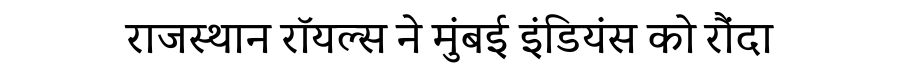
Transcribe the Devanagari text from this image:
राजस्थान रॉयल्स ने मुंबई इंडियंस को रौंदा